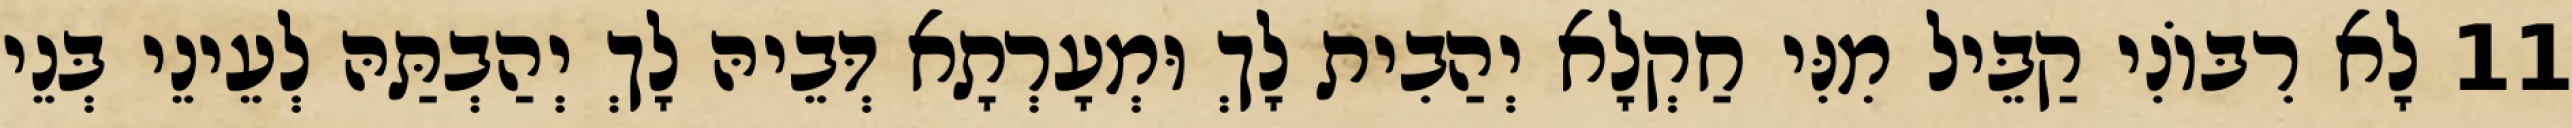
11 לָא רִבּוֹנִי קַבֵּיל מִנִּי חַקְלָא יְהַבִית לָךְ וּמְעָרְתָא דְּבֵיהּ לָךְ יְהַבְתַּהּ לְעֵינֵי בְּנֵי